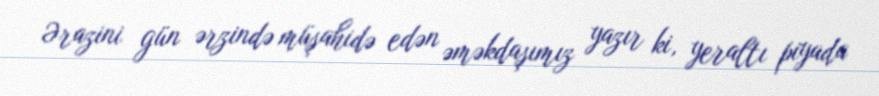
Ərazini gün ərzində müşahidə edən əməkdaşımız yazır ki, yeraltı piyada